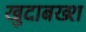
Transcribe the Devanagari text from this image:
खुदाबख्श